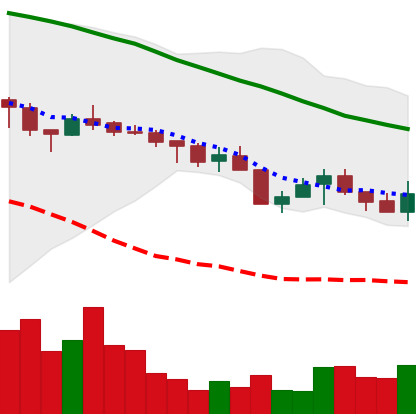
Ticker: XMR-USD
Chart end date: 2018-05-18
Forward return: -15.932%
Label: down_7plus